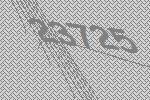
23725